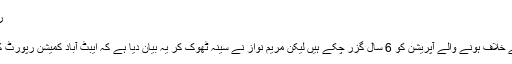
ریاست کے راز - Dunya Pakistan
ڈان ایڈیٹوریل
مئی میں ایبٹ آباد میں اسامہ بن لادن کے خلاف ہونے والے آپریشن کو 6 سال گزر چکے ہیں لیکن مریم نواز نے سینہ ٹھوک کر یہ بیان دیا ہے کہ ایبٹ آباد کمیشن رپورٹ کو کسی صورت پبلک نہیں کیا جائے گا۔